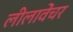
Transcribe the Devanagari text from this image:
लीलावेंचर